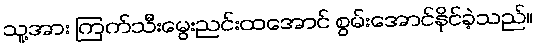
သူ့အား ကြက်သီးမွေးညင်းထအောင် စွမ်းအောင်နိုင်ခဲ့သည်။